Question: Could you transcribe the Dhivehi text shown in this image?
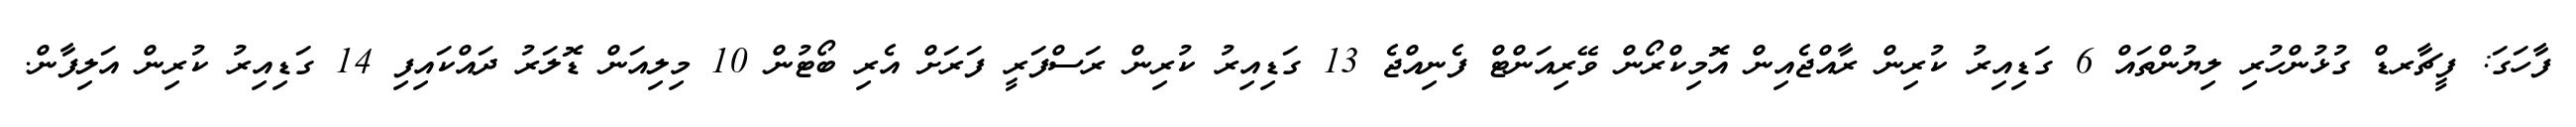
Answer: ފާހަގަ: ފީޗާރޑް ގުޅުންހުރި ލިޔުންތައް 6 ގަޑިއިރު ކުރިން ރާއްޖެއިން އޮމިކްރޯން ވޭރިއަންޓް ފެނިއްޖެ 13 ގަޑިއިރު ކުރިން ރަސްފަރީ ފަރަށް އެރި ބޯޓުން 10 މިލިއަން ޑޮލަރު ދައްކައިފި 14 ގަޑިއިރު ކުރިން އަލިފާން.